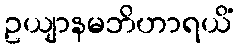
ဥယျာနမဘိဟာရယိံ